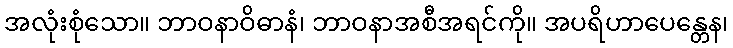
အလုံးစုံသော။ ဘာဝနာဝိဓာနံ၊ ဘာဝနာအစီအရင်ကို။ အပရိဟာပေန္တေန၊